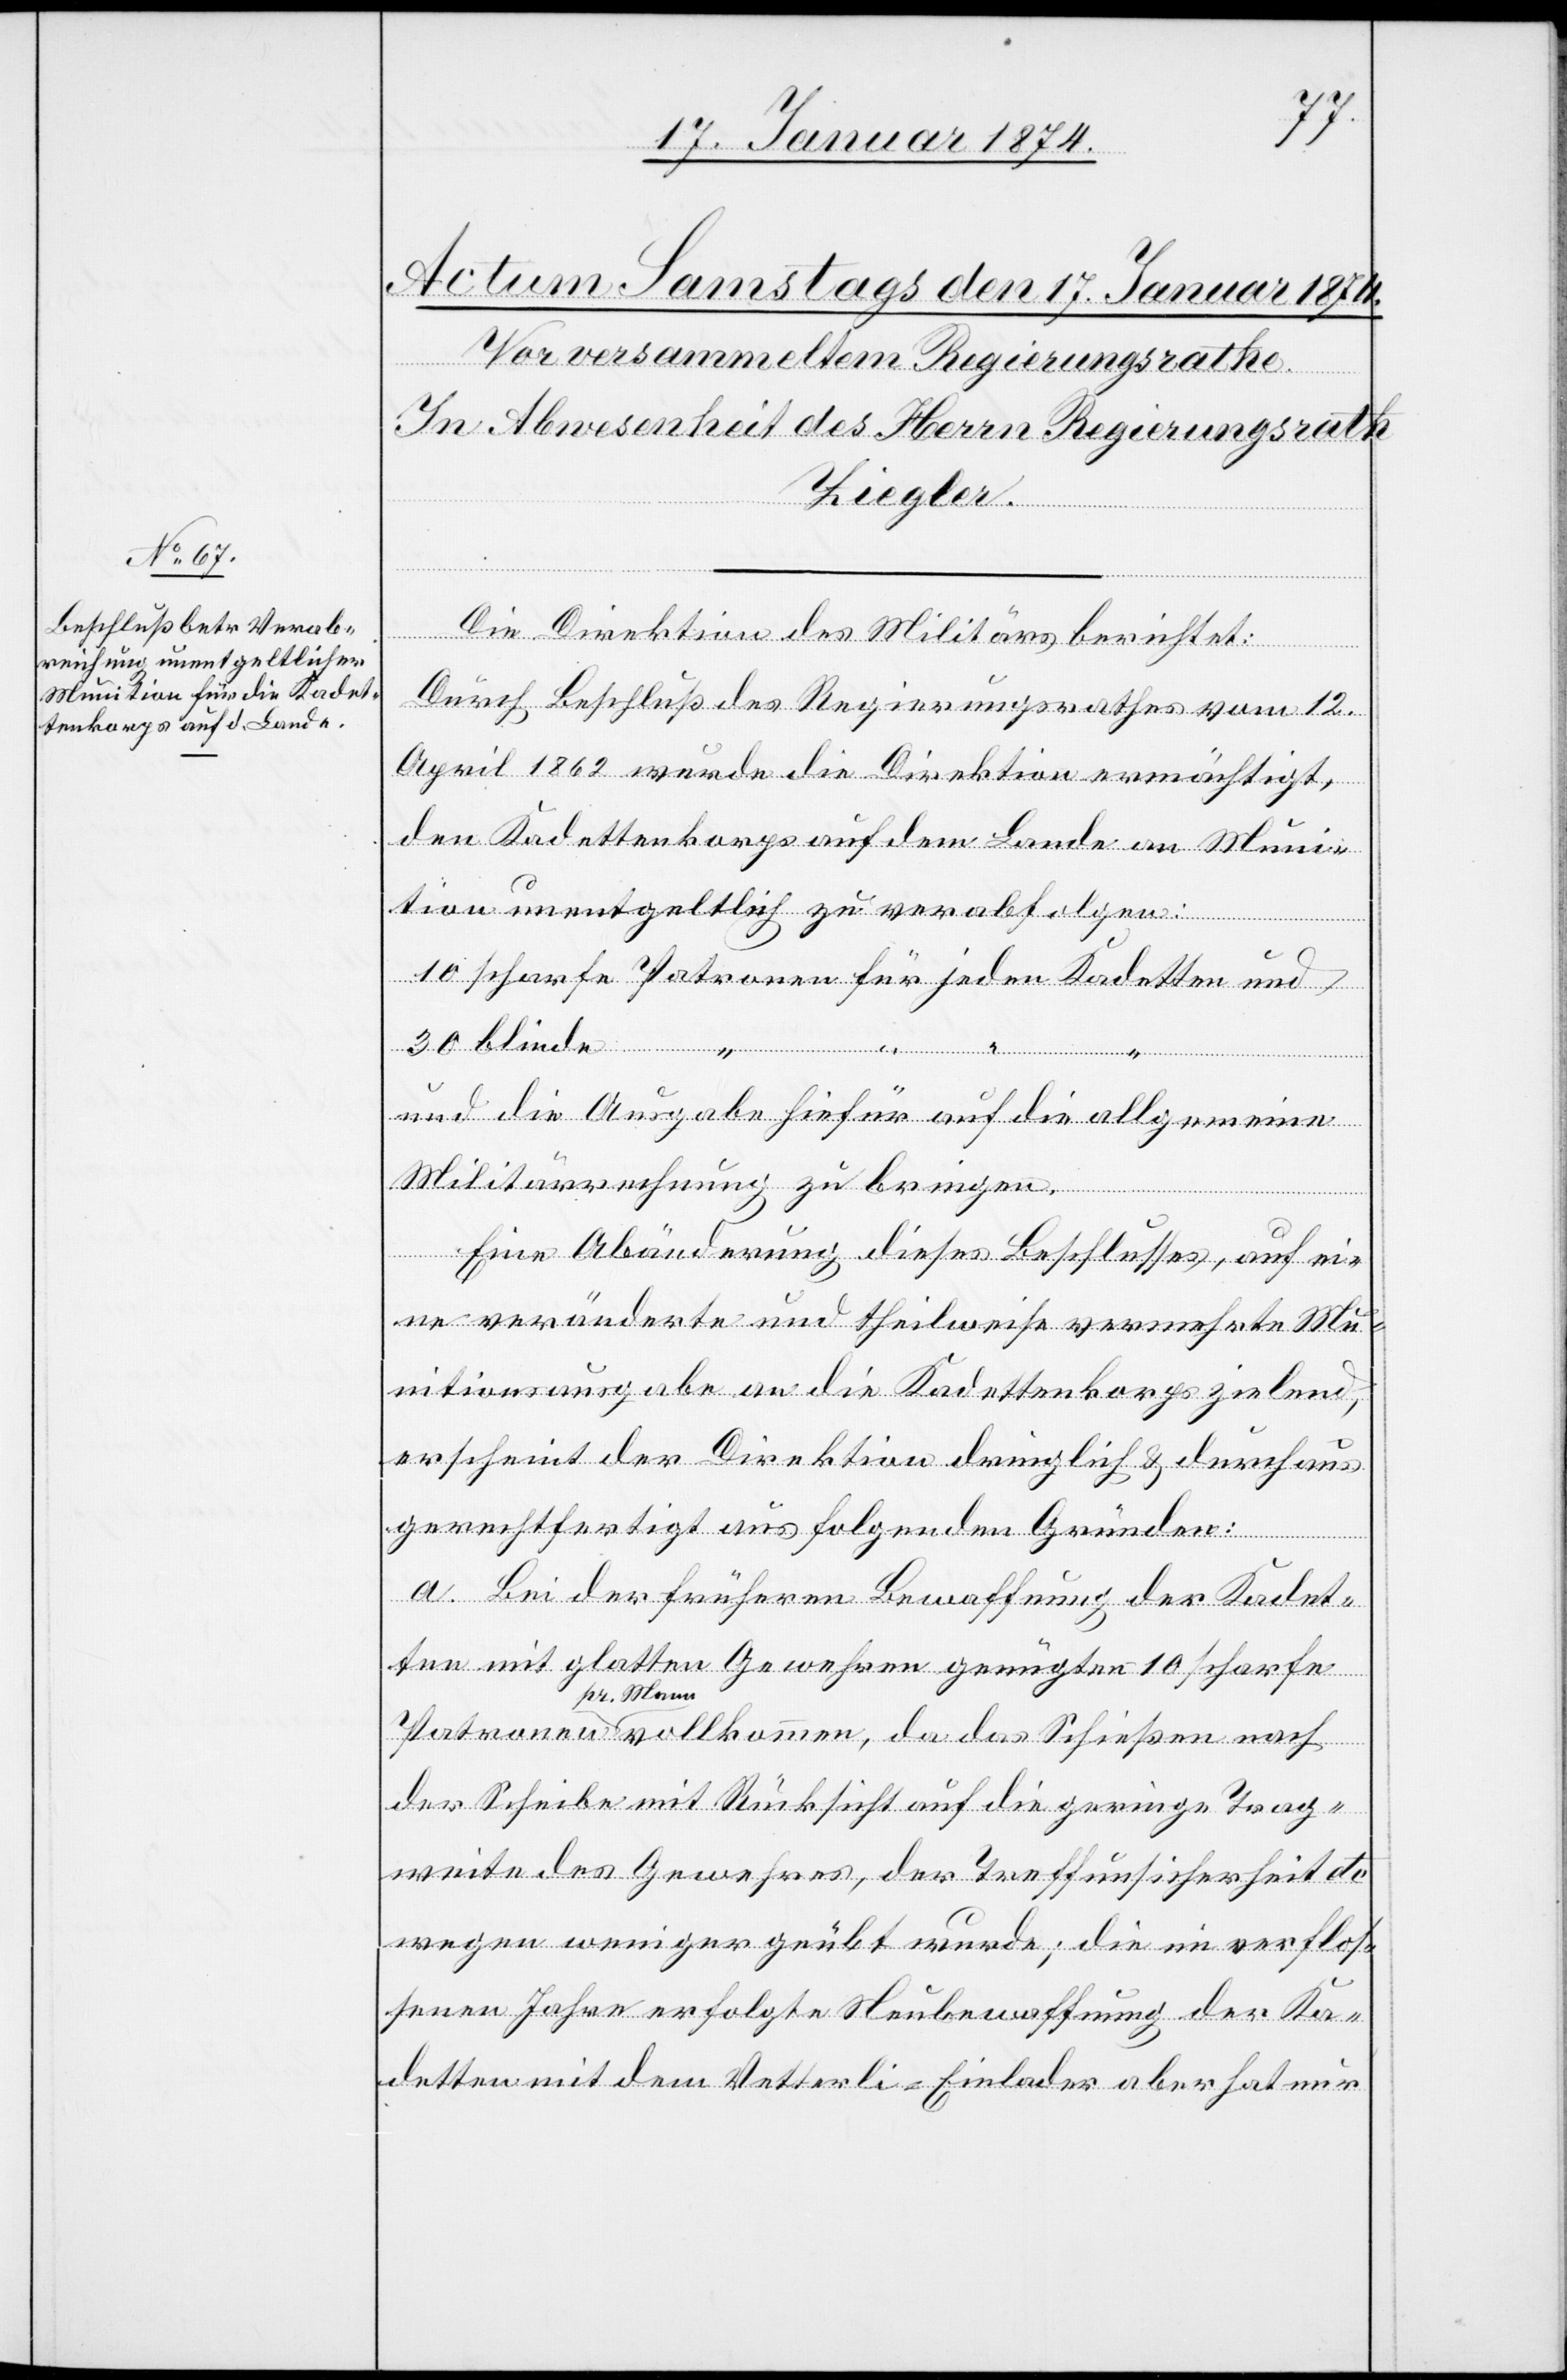
Die Direktion des Militärs berichtet:
Durch Beschluß des Regierungsrathes vom 12.
April 1862 wurde die Direktion ermächtigt,
den Kadettenkorps auf dem Lande an Muni¬
tion unentgeltlich zu verabfolgen.
10 scharfe Patronen für jeden Kadetten und
30 blinde 	 “
und die Ausgabe hiefür auf die allgemeinen
Militärrechnung zu bringen.
Eine Abänderung dieses Beschlusses, auf ei¬
ne veränderte und theilweise vermehrte Mu¬
nitionsausgabe an die Kadettenkorps zielend,
erscheint der Direktion dringlich & durchaus
gerechtfertigt aus folgenden Gründen:
a. Bei der früheren Bewaffnung der Kadet¬
ten mit glatten Gewehren genügten 10 scharfe
Mann vollkommen, da das Schießen nach
der Scheibe mit Rücksicht auf die geringe Trag¬
weite des Gewehres, der Treffunsicherheit etc.
wegen weniger geübt wurde; die in verflos¬
senen Jahren erfolgte Neubewaffnung der Ka¬
detten mit dem Vetterli-Einlader aber hat nur